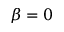
\beta = 0